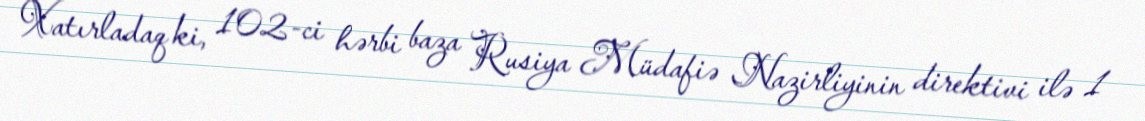
Xatırladaq ki, 102-ci hərbi baza Rusiya Müdafiə Nazirliyinin direktivi ilə 1